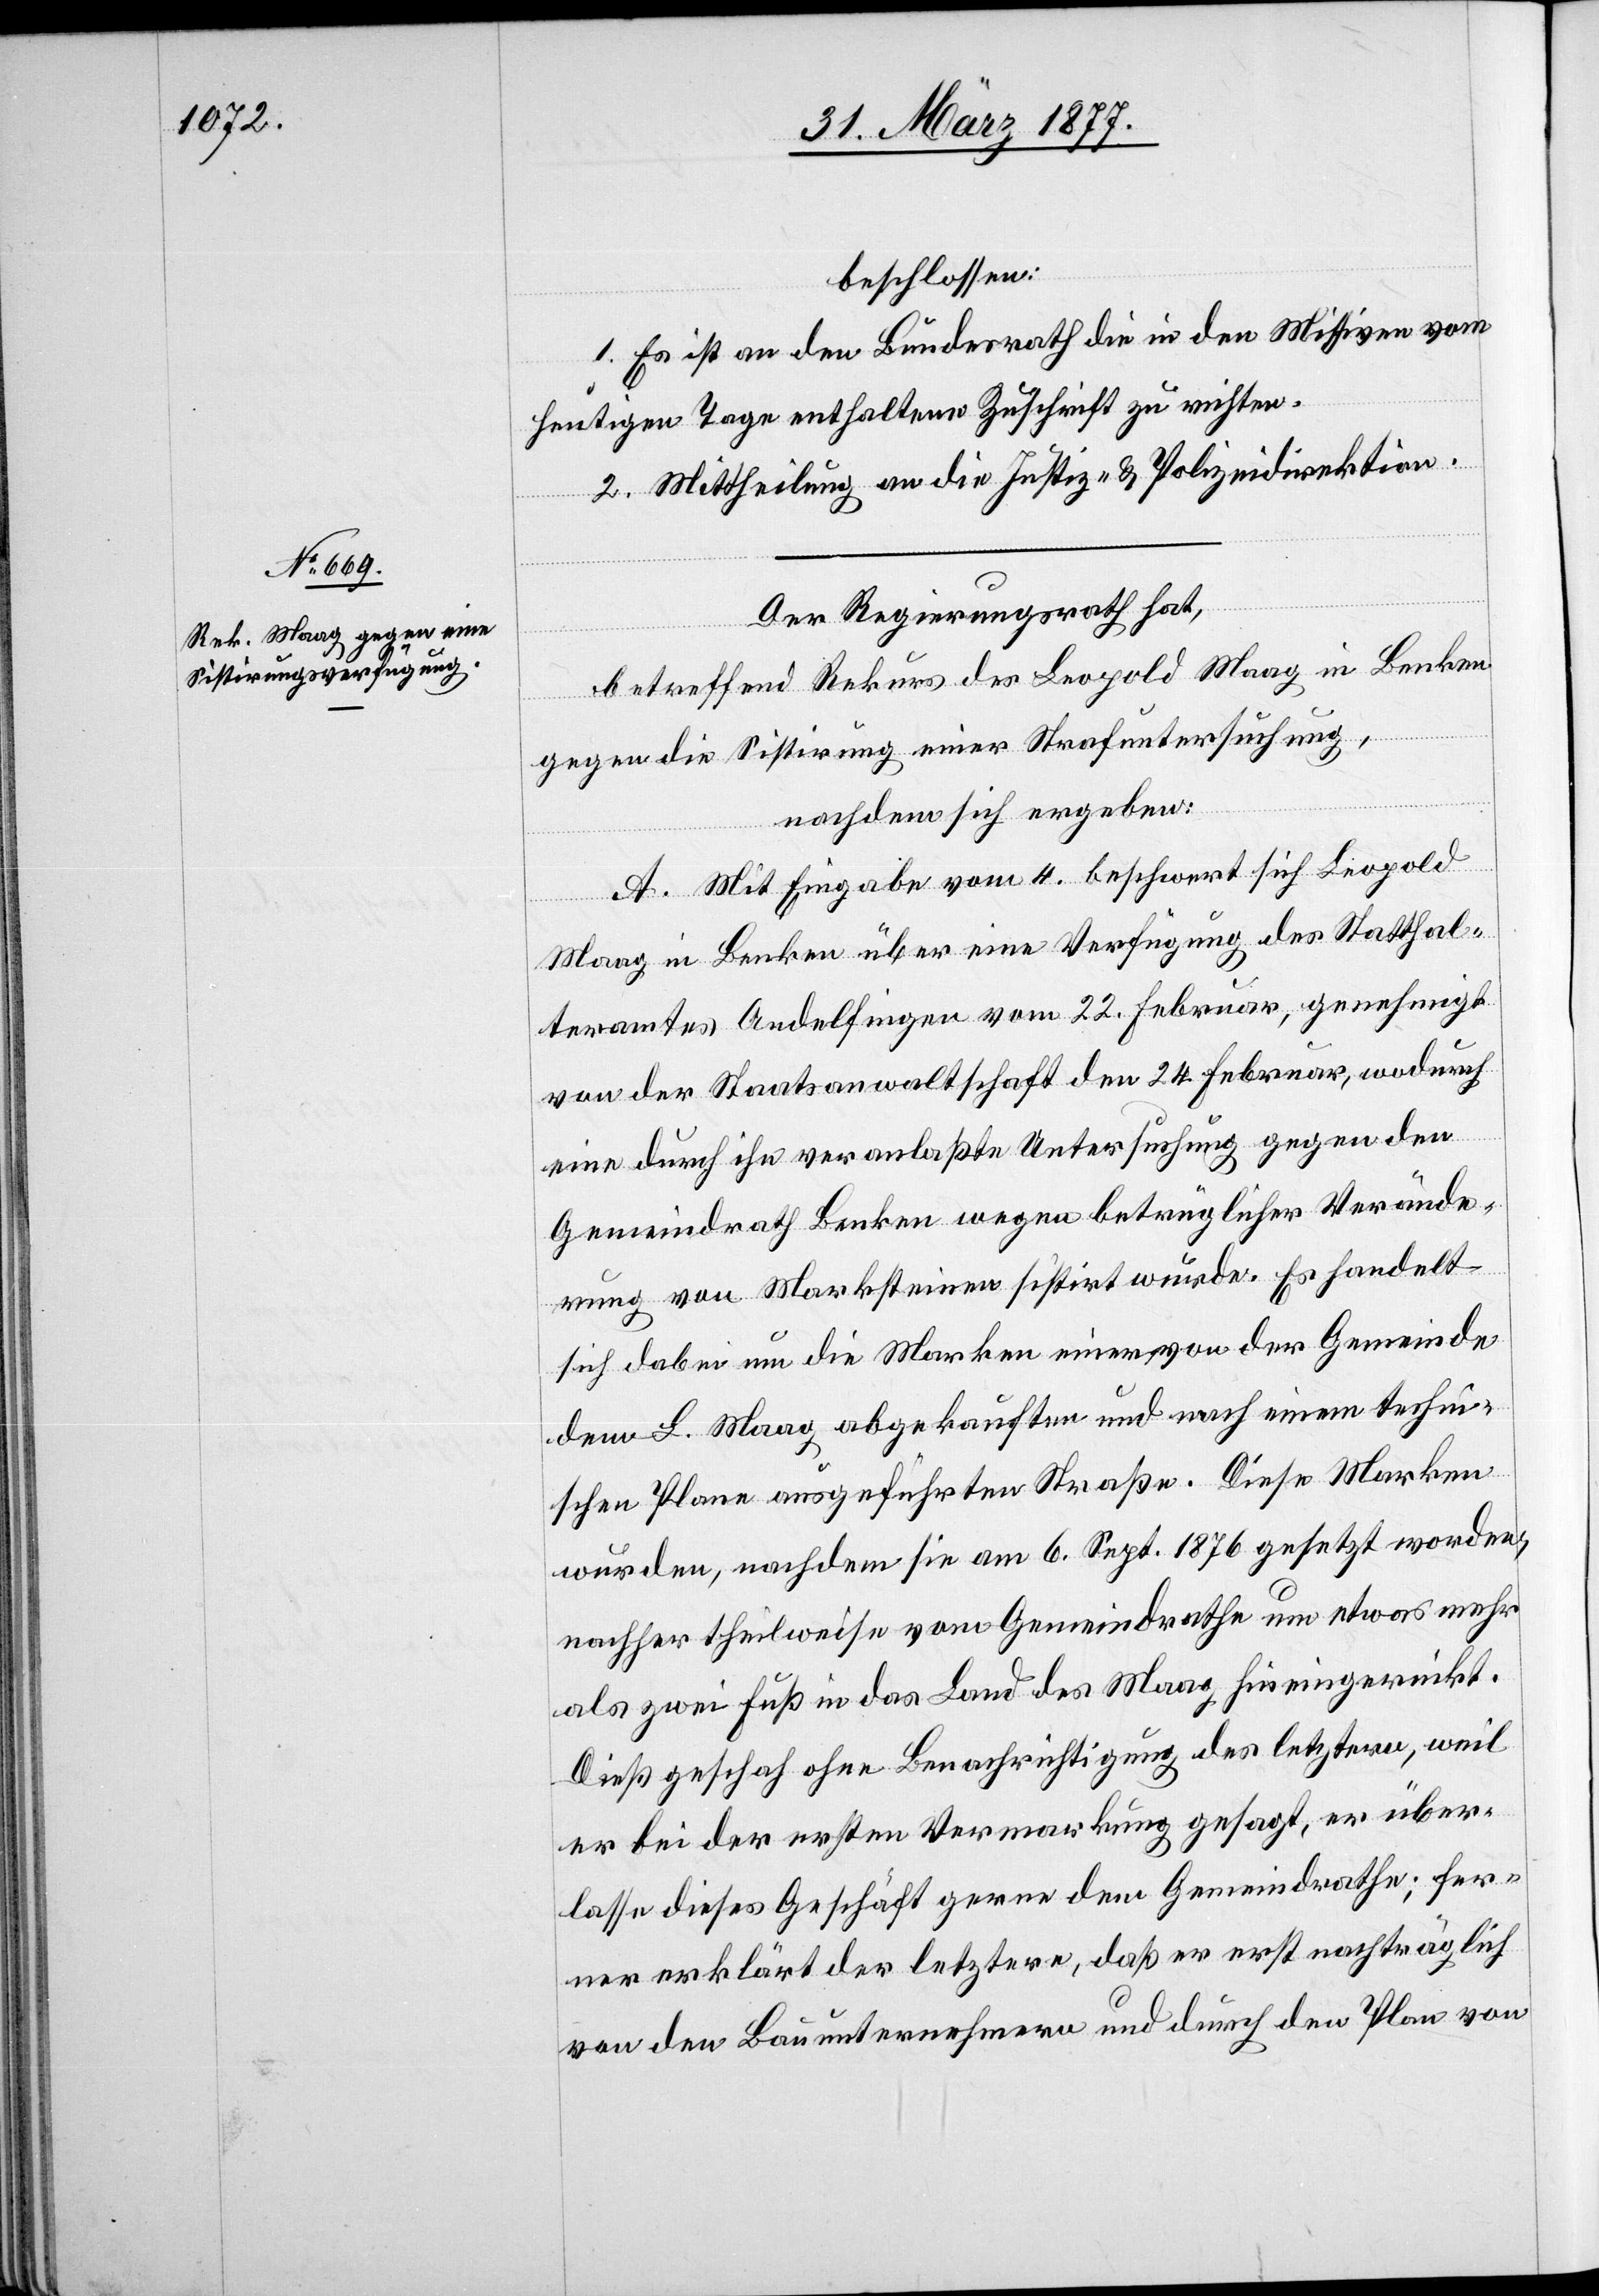
beschlossen:
1. Es ist an den Bundesrath die in den Missiven vom
heutigen Tage enthaltene Zuschrift zu richten.
2. Mittheilung an die Justiz- & Polizeidirektion.
Der Regierungsrath hat,
betreffend Rekurs des Leopold Maag in Benken
gegen die Sistirung einer Strafuntersuchung,
nachdem sich ergeben:
A. Mit Eingabe vom 4. beschwert sich Leopold
Maag in Benken über eine Verfügung des Statthal¬
teramtes Andelfingen vom 22. Februar, genehmigt
von der Staatsanwaltschaft den 24. Februar, wodurch
eine durch ihn veranlaßte Untersuchung gegen den
Gemeindrath Benken wegen betrüglicher Verände¬
rung von Marksteinen sistirt wurde. Es handelt
sich dabei um die Marken einer von der Gemeinde
dem L. Maag abgekauften und nach einem techn¬
ischen Plane ausgeführten Straße. Diese Marken
wurden, nachdem sie am 6. Sept. 1876 gesetzt worden,
nachher theilweise vom Gemeindrathe um etwas mehr
als zwei Fuß in das Land des Maag hineingerückt.
Dieß geschah ohne Benachrichtigung des letztern, weil
er bei der ersten Vermarkung gesagt, er über¬
lasse dieses Geschäft gerne dem Gemeindrathe; fer¬
ner erklärt der letztere, daß er erst nachträglich
von den Bauunternehmern und durch den Plan von